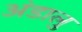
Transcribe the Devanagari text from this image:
अंडालु